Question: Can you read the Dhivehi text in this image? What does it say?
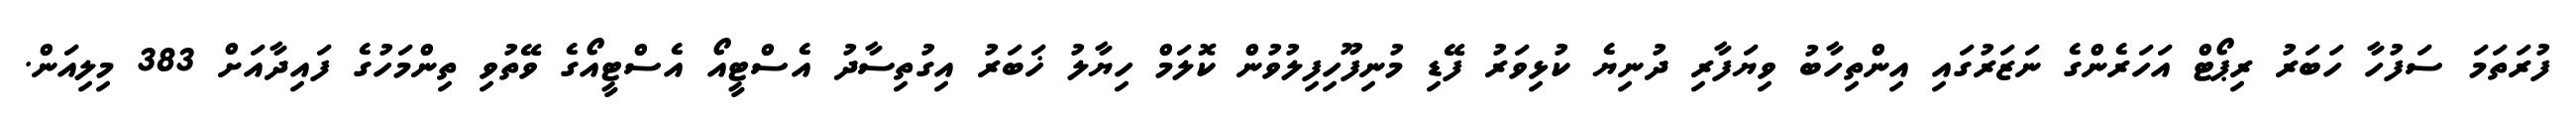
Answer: ފުރަތަމަ ސަފުހާ ހަބަރު ރިޕޯޓް އަހަރެންގެ ނަޒަރުގައި އިންތިހާބު ވިޔަފާރި ދުނިޔެ ކުޅިވަރު ފޭޑި މުނިފޫހިފިލުވުން ކޮލަމް ހިޔާލު ޚަބަރު އިގުތިސާދު އެސްޓީއޯ އެސްޓީއޯގެ ވޭތުވި ތިންމަހުގެ ފައިދާއަށް 383 މިލިއަން.